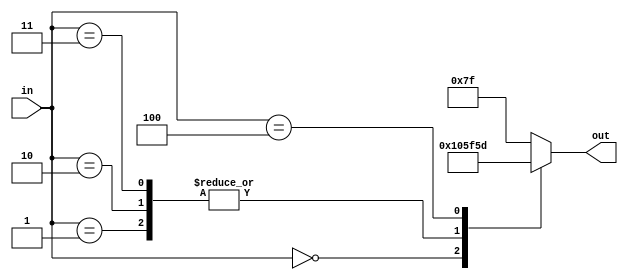
module char_c(out, in);
	output reg [6:0] out;
	input [2:0] in;
		always @ (*)
			begin
				case (in)
					0 : out = 7'b1000001;
					1 : out = 7'b0111110;
					2 : out = 7'b0111110;
					3 : out = 7'b0111110;
					4 : out = 7'b1011101;
					default : out = 7'b1111111;
				endcase
			end
endmodule